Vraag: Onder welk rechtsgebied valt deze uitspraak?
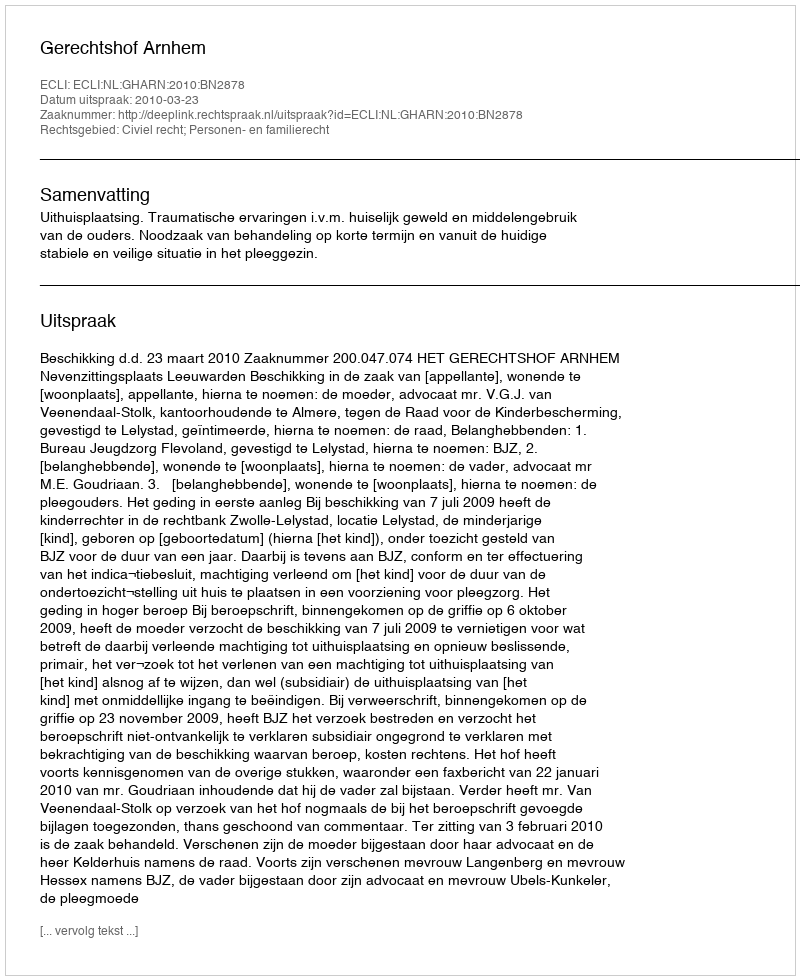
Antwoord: Civiel recht; Personen- en familierecht